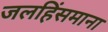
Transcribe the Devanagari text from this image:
जलहिंसमाना